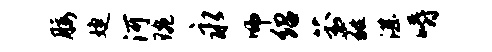
腰婕河琬永师绍葑蕤湛嚼